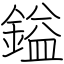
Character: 鎰